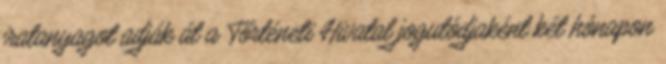
iratanyagot adják át a Történeti Hivatal jogutódjaként két hónapon